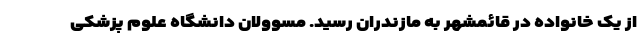
از یک خانواده در قائمشهر به مازندران رسید. مسوولان دانشگاه علوم پزشکی